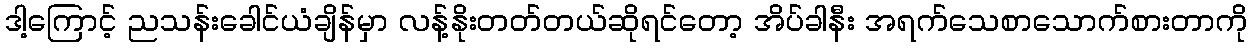
ဒါ့ကြောင့် ညသန်းခေါင်ယံချိန်မှာ လန့်နိုးတတ်တယ်ဆိုရင်တော့ အိပ်ခါနီး အရက်သေစာသောက်စားတာကို